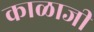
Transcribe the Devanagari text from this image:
काळाजी